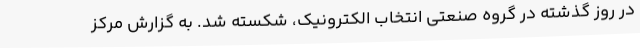
در روز گذشته در گروه صنعتی انتخاب الکترونیک، شکسته شد. به گزارش مرکز